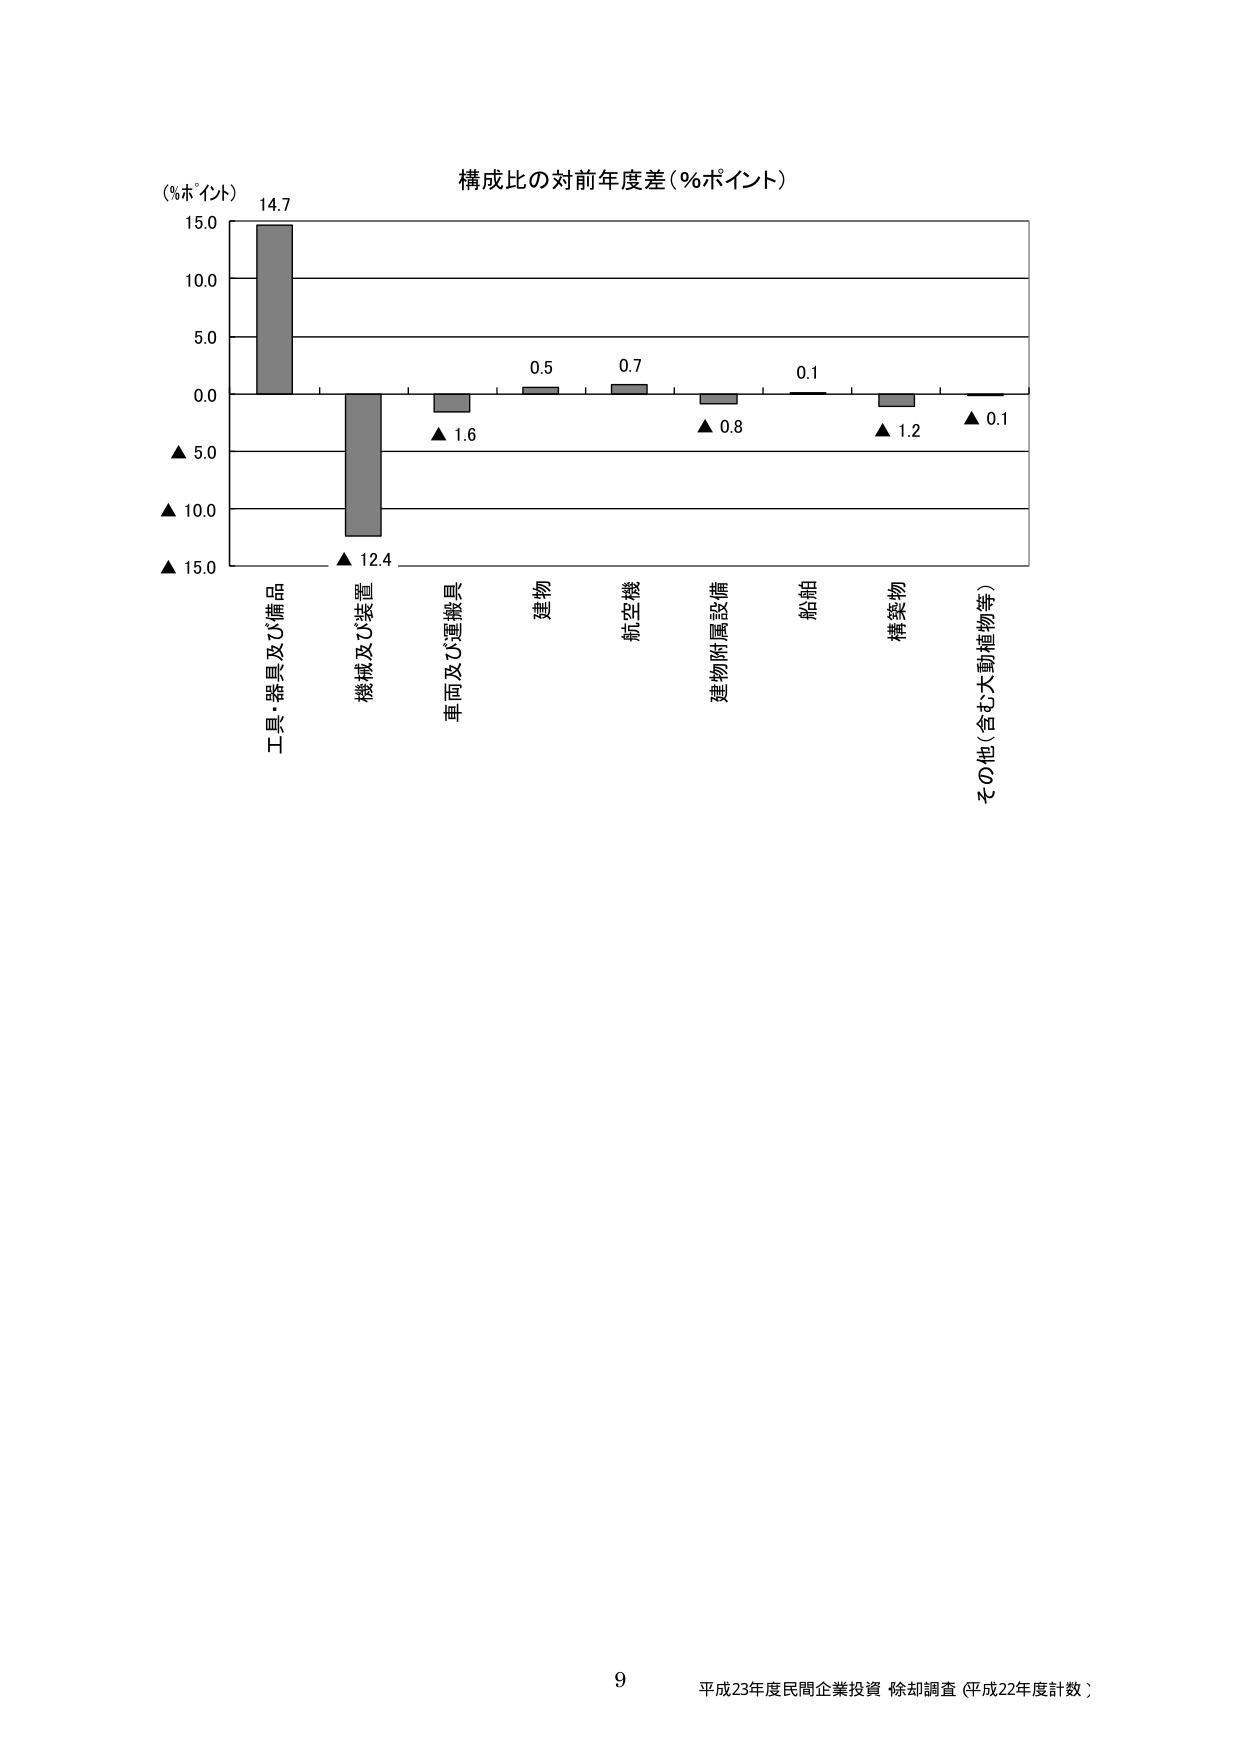
構成比の対前年度差（％ポイント）

（％ポイント）
15.0
10.0
5.0
0.0
▲ 5.0
▲ 10.0
▲ 15.0

14.7
0.5
0.7
0.1
▲ 1.6
▲ 0.8
▲ 1.2
▲ 0.1
▲ 12.4

工具・器具及び備品
機械及び装置
車両及び運搬具
建物
航空機
建物附属設備
船舶
構築物
その他（含む大動植物等）

9
平成23年度民間企業投資 除却調査（平成22年度計数）